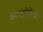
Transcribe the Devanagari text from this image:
कैटस्ट्रोफिक